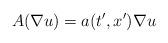
LaTeX: \begin{align*} A(\nabla u) = a(t', x')\nabla u \end{align*}